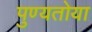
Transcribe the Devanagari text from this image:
पुण्यतोया